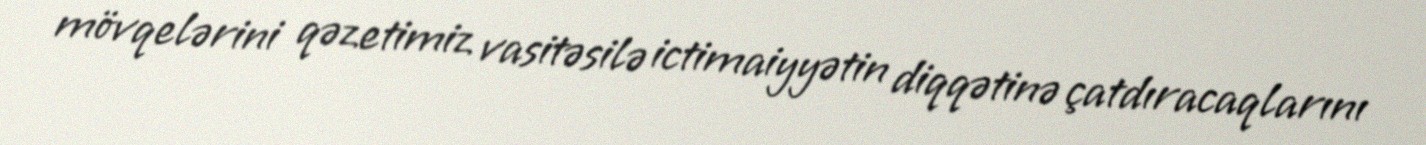
mövqelərini qəzetimiz vasitəsilə ictimaiyyətin diqqətinə çatdıracaqlarını